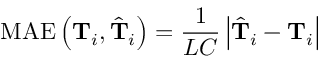
\operatorname { M A E } \left( \mathbf { T } _ { i } , \hat { \mathbf { T } } _ { i } \right) = \frac { 1 } { L C } \left| \hat { \mathbf { T } } _ { i } - \mathbf { T } _ { i } \right|